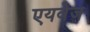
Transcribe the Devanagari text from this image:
एयवेज